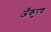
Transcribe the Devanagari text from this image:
अँकुरण